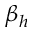
\beta _ { h }